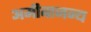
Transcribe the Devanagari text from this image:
अमीबाजन्य